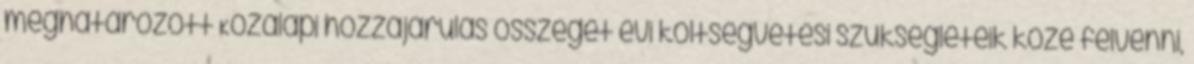
meghatározott Közalapi hozzájárulás összegét évi költségvetési szükségleteik közé felvenni,